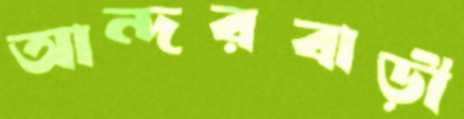
আন্দরবাড়ী